Annual report on the working of the mental hospitals in the Madras Presidency - 1912-1932
Year: 1912
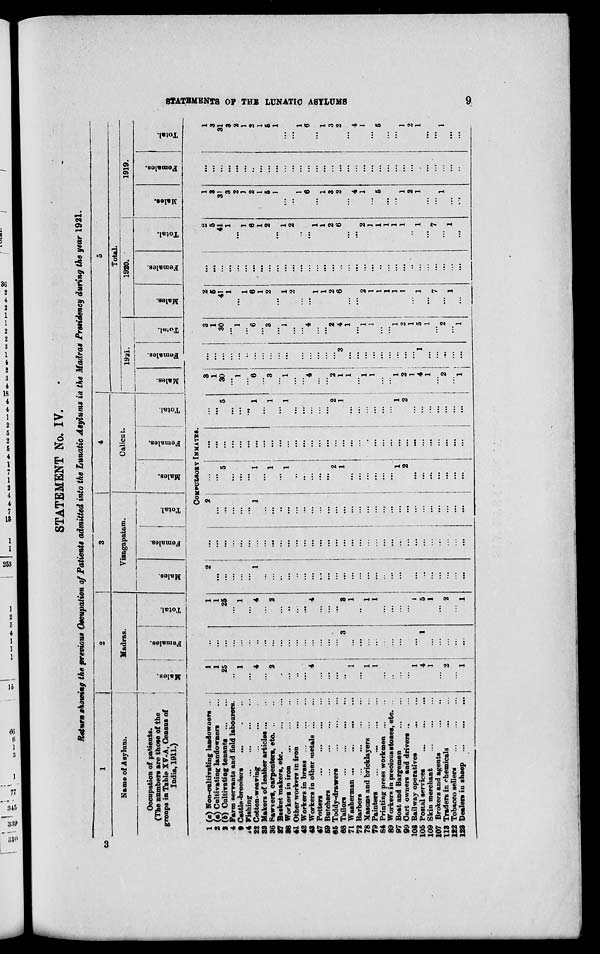
STATEMENTS OF THE
LUNATIC
ASYLUMS
9
STATEMENT No. IV.
Return showing the previous Occupation of Patients admitted into the Lunatic Asylums in the Madras Presideney during the year 1921.
1
Name of Asylum.
Occupation of patients.
(The numbers are those of the
groups in Table XV-A, Census of
India,1911.)
2
Madras.
Males.
Females.
Total.
3
Vizagapatam.
Males.
Females.
Total.
4
Calicut.
Males.
Females.
Total.
5
Total.
1921.
Males.
Females.
Total.
1920.
Males.
Females.
Total.
1919.
Males.
Females.
Total.
COMPULSORY INMATES.
1 (a) Non-cultivating landowners ...
2 (a) Cultivating landowners ...
3 (b) Cultivating tenants
...
...
4 Farm servants and field labourers.
9 Cattle-breeders ... ... ...
14 Fishing ... ... ... ...
22 Cotton-weaving ... ... ...
23 Makers of leathar articles ... ...
36 Sawvers, carpenters, etc. ... ....
37 Basket makers, etc.
...
...
38 Workers in iron
...
...
...
41 Other workers in iron
...
...
42 Workers in brass
...
...
...
4S Workers in other metals ... ...
47 Potters ... ... ...
...
59 Butchers
... ... ... ...
65 Toddy-drawers ... ... ...
68
Tailors
...
...
...
...
71 Washerman ... ...
...
...
72 Barbers
...
...
...
...
78 Masons and bricklayers ... ...
79 Painters
... ... ... ...
84 Printing press workmen ... ...
89 Workers in precious stores, etc. ..
97 Boat and Bargemen
99 Cart owners and drivers ...
103 Railway operatives
...
...
...
105 Postal services
...
...
...
109 Skin merchant
...
...
...
107 Brokers and agents ... ... ...
113 Traders in chemicals ... ... ...
122 Tobacco sellers
...
...
...
123 Dealers in sheep
...
...
...
1
1
25
...
1
...
4
...
2
...
...
...
...
4
...
...
...
..
1
...
1
1
...
...
...
...
1
4
1
...
2
...
1
...
...
...
...
...
...
...
...
...
...
...
...
...
...
...
...
...
3
...
...
...
...
...
...
...
...
...
1
...
...
...
...
...
1
1
25
...
1
...
4
...
2
...
...
...
...
4
...
...
...
3
1
...
1
1
...
...
...
...
1
5
1
...
2
...
1
2
...
...
...
...
...
1
...
...
...
...
...
...
...
...
...
...
...
...
...
...
...
...
...
...
...
...
...
...
...
...
...
...
...
...
...
...
...
...
...
...
...
...
...
...
...
...
...
...
...
...
...
...
...
...
...
...
...
...
...
...
...
...
...
...
...
2
...
...
...
...
...
1
...
...
...
...
...
...
...
...
...
...
...
...
...
...
...
...
...
...
...
...
...
...
...
...
...
...
...
...
5
...
...
...
1
...
1
...
1
...
...
...
...
...
2
1
...
...
...
...
...
...
1
2
...
...
...
...
...
...
...
...
...
...
...
...
...
...
...
...
...
...
...
...
...
...
...
...
...
...
...
...
...
...
...
...
...
...
...
...
...
...
...
...
...
...
5
...
...
...
1
...
1
...
1
...
...
...
...
...
2
1
...
...
...
...
...
...
1
2
...
...
...
...
...
...
...
3
1
30
...
1
..
6
...
3
...
1
...
...
4
...
...
2
1
1
...
1
1
...
...
1
2
1
4
1
...
2
...
1
...
...
...
...
...
...
...
...
...
...
...
...
...
...
...
...
...
3
...
...
...
...
...
...
...
...
...
1
...
...
...
...
...
3
1
30
...
1
...
6
...
3
...
1
...
...
4
...
...
2
4
1
...
1
1
...
...
1
2
1
5
1
...
2
...
1
2
5
41
1
...
1
6
1
2
...
1
2
...
...
1
1
2
6
...
...
2
1
1
1
1
1
...
1
...
7
...
1
...
...
...
...
...
...
...
...
...
...
...
...
...
...
...
...
...
...
...
...
...
...
...
...
...
...
...
...
...
...
...
...
...
...
2
5
41
1
...
1
6
1
2
...
1
2
...
...
1
1
2
6
...
...
2
1
1
1
1
1
...
1
...
7
...
1
...
1
3
31
3
2
1
2
1
5
1
...
...
1
6
...
1
3
2
...
4
1
...
5
...
...
1
2
1
...
...
1
...
...
...
...
...
...
...
...
...
...
...
...
...
...
...
...
...
...
...
...
...
...
...
...
...
...
...
...
...
...
...
...
...
...
...
1
3
31
3
2
1
2
1
5
1
...
...
1
6
...
1
3
2
...
4
1
...
5
...
...
1
2
1
...
...
1
...
...